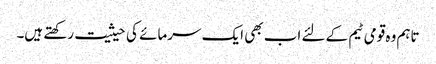
تاہم وہ قومی ٹیم کے لئے اب بھی ایک سرمائے کی حیثیت رکھتے ہیں۔